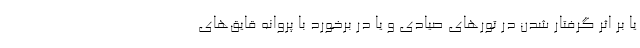
یا بر اثر گرفتار شدن در تورهای صیادی و یا در برخورد با پروانه قایق‌های